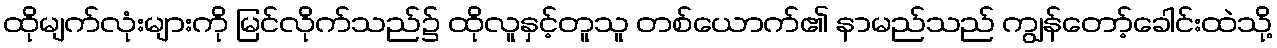
ထိုမျက်လုံးများကို မြင်လိုက်သည်၌ ထိုလူနှင့်တူသူ တစ်ယောက်၏ နာမည်သည် ကျွန်တော့်ခေါင်းထဲသို့